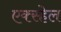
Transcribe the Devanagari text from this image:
एक्स्हेल